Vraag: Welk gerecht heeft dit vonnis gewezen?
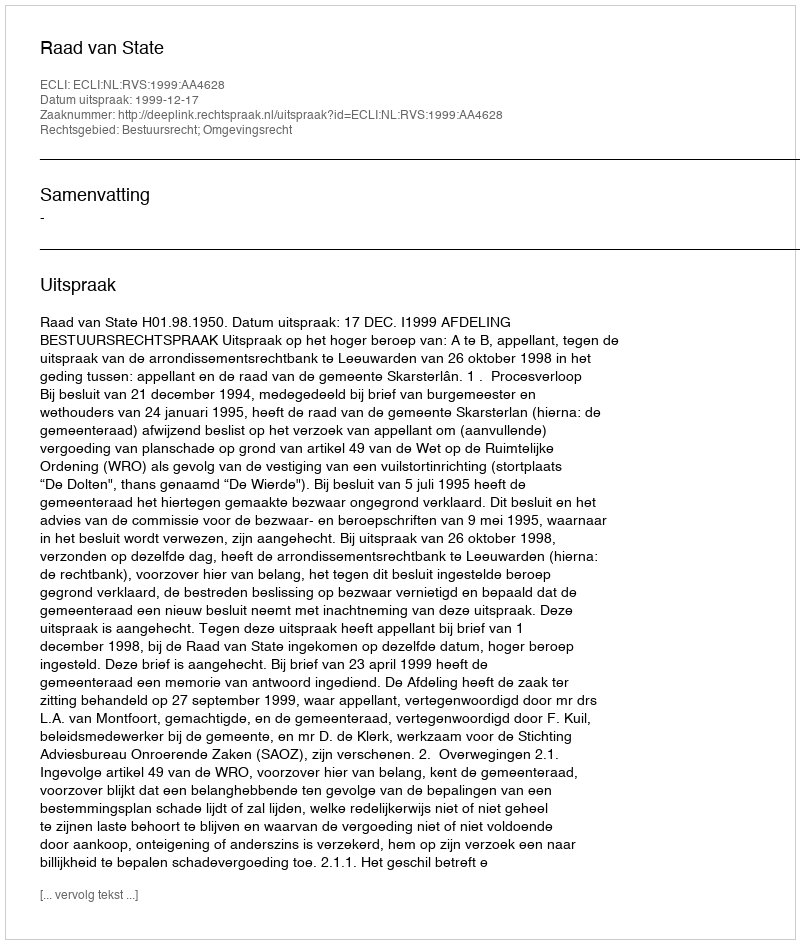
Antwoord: Raad van State